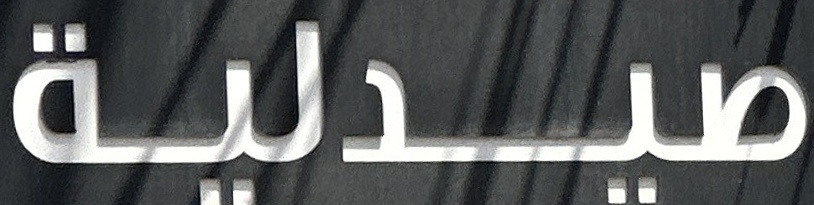
صیدلیة